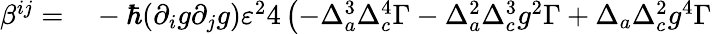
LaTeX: \begin{array}{rl}{\beta^{ij}=}&{{}-\hbar(\partial_{i}g\partial_{j}g)\varepsilon^{2}4\left(-\Delta_{a}^{3}\Delta_{c}^{4}\Gamma-\Delta_{a}^{2}\Delta_{c}^{3}g^{2}\Gamma+\Delta_{a}\Delta_{c}^{2}g^{4}\Gamma\right.}\end{array}